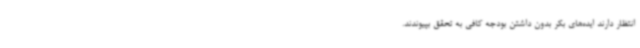
انتظار دارند ایده‌های بکر بدون داشتن بودجه کافی به تحقق بپیوندند.